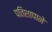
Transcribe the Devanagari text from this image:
पतिशापाने